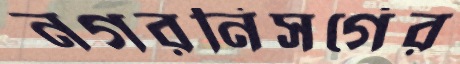
নগরনিসর্গের